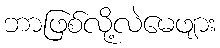
ဘာဖြစ်လို့လဲမေဖျား